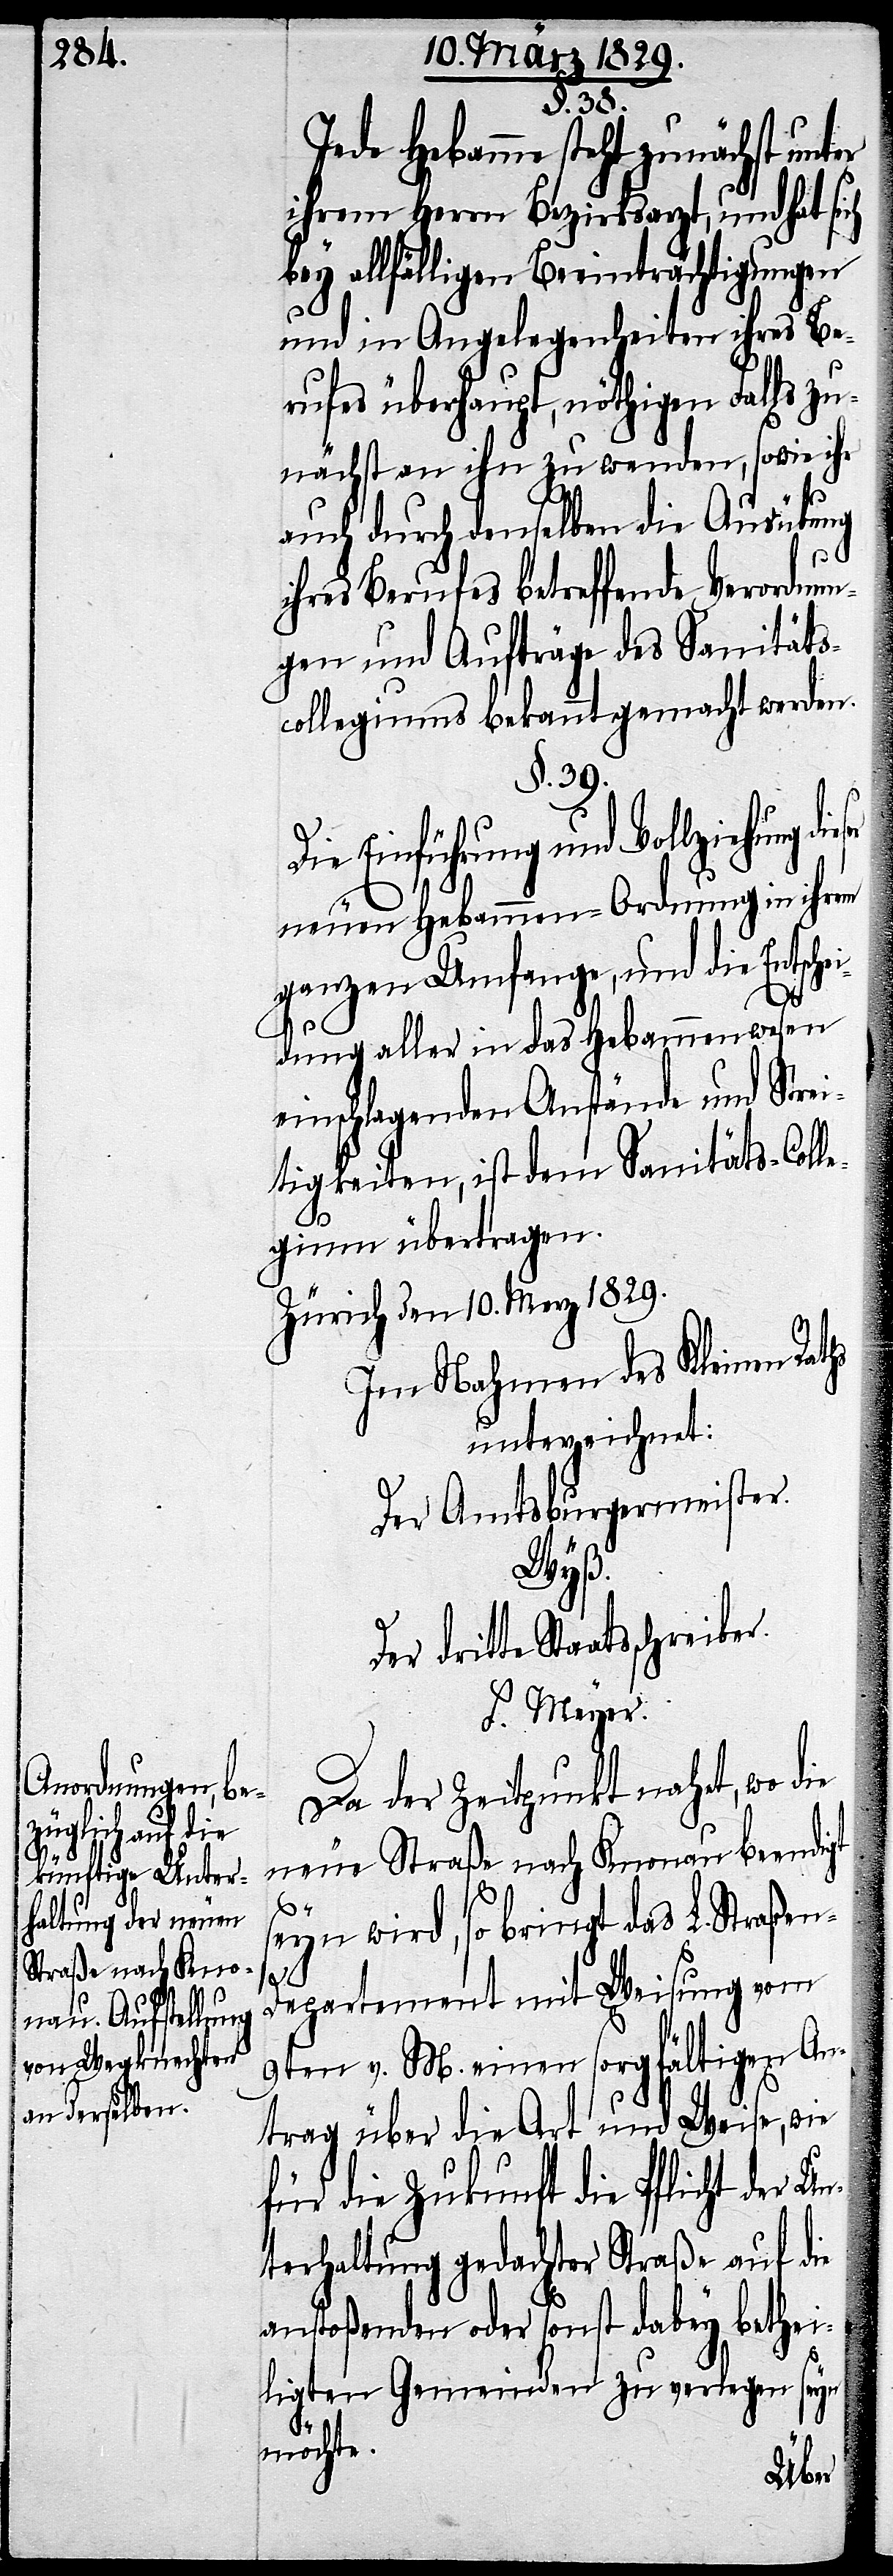
§. 38.
Jede Hebamme steht zunächst unt¬
ihrem Herrn Bezirksarzt, und hat si¬
bey allfälligen Beeinträchtigungen
und in Angelegenheiten ihres Be¬
rufes überhaupt, nöthigen Falls zu¬
nächst an ihn zu wenden, sowie ihr
auch durch denselben die Ausübung
ihres Berufes betreffende Verordnun¬
gen und Aufträge des Sanitäts¬
collegiums bekannt gemacht werden.
§. 39.
Die Einführung und Vollziehung
neuen Hebammen-Ordnung in ihrem
ganzen Umfange, und die Entschei¬
hs
dung aller in das Hebammenwesen
einschlagenden Anstände und Strei¬
tigkeiten, ist dem Sanitäts-Colle¬
gium übertragen.
Zürich den 10. Merz 1829.
Im Nahmen des Kleinen Rat¬
unterzeichnet:
Der Amtsburgermeiste¬
Wyß.
dritte Staatsschreiber.
F. Meyer.
Da der Zeitpunkt nahet, wo die
neue Straße nach Knonau beendigt
er.
seyn wird, so bringt das L. Straße¬
n-Departement mit Weisung vom
9ten v. M. einen sorgfältigen An¬
trag über die Art und Weise, wie
für die Zukunft die Pflicht der Un¬
terhaltung gedachter Straße auf die
anstoßenden oder sonst dabey bethei¬
ligten Gemeinden zu verlegen seyn
möchte.